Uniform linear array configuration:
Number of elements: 24
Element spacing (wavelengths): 0.75
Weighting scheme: hamming
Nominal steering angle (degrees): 45
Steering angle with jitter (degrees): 45.931
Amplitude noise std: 0.05
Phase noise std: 0.05

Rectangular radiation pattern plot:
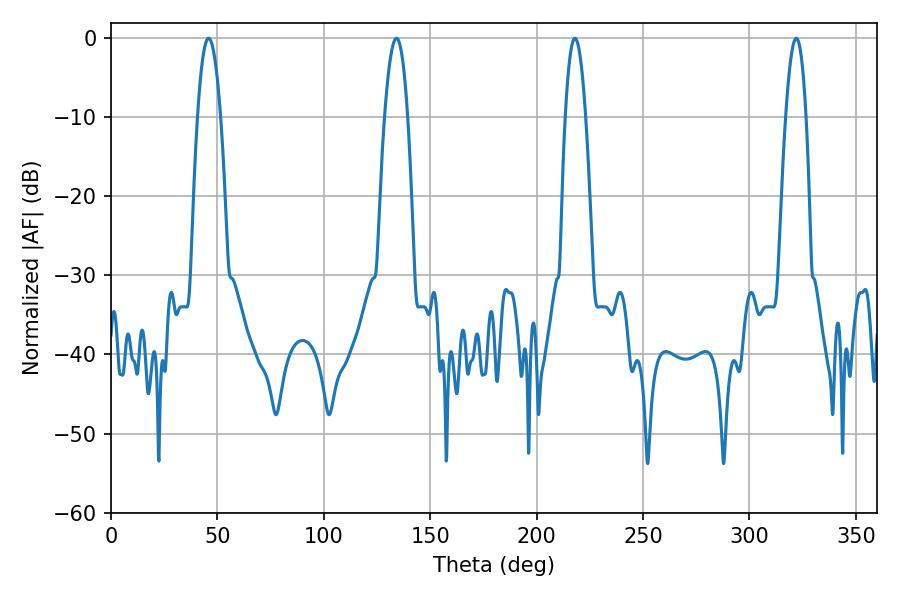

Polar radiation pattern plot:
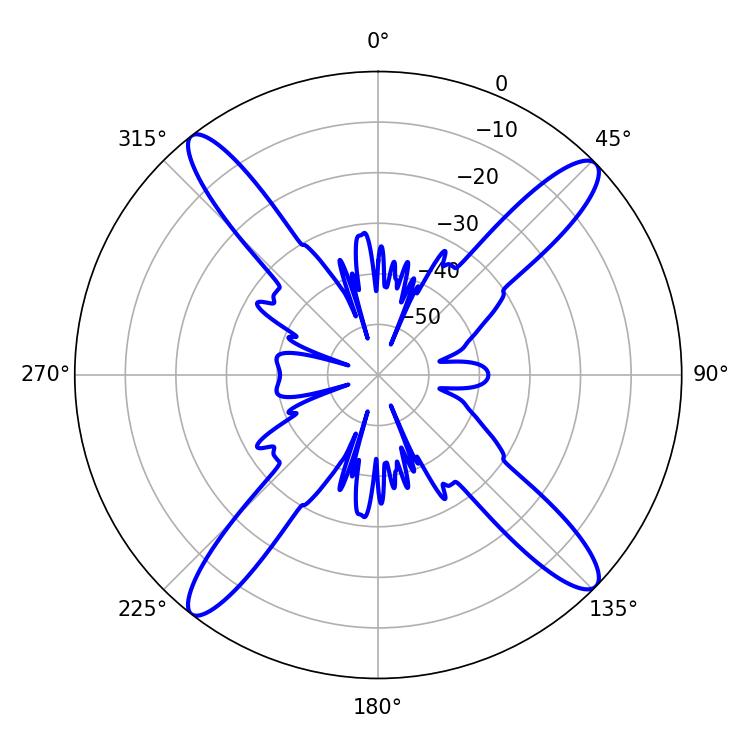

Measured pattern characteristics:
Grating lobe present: TRUE
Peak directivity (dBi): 17.098
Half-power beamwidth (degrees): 5.22
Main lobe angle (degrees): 217.98